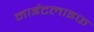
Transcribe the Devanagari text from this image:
नाईटलाइफ